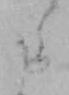
た